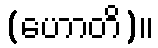
(ဟောတိ)။